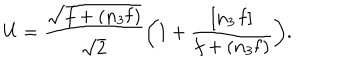
U = \frac { \sqrt { f + ( \mathbf { n } _ { 3 } \mathbf { f } ) } } { \sqrt { 2 } } \biggl ( 1 + \frac { [ \mathbf { n } _ { 3 } \, \mathbf { f } ] } { f + ( \mathbf { n } _ { 3 } \mathbf { f } ) } \biggr ) .